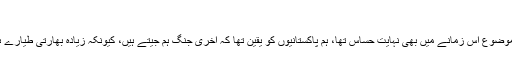
‘‘
برصغیر کی سیاست اور جنگوں میں ہار جیت کا موضوع اس زمانے میں بھی نہایت حساس تھا، ہم پاکستانیوں کو یقین تھا کہ آخری جنگ ہم جیتے ہیں، کیونکہ زیادہ بھارتی طیارے ہم نے گرائے، زمینی علاقوں پر قبضہ بھی ہم کیا۔